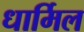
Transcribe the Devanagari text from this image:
धार्मिल